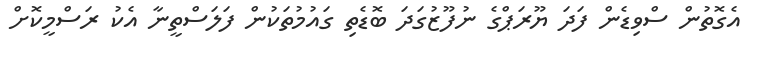
އެގޮތުން ސްވިޑެން ފަދަ ޔޫރަޕްގެ ނުފޫޒުގަދަ ބޮޑެތި ގައުމުތަކުން ފަލަސްތީނާ އެކު ރަސްމީކޮށް